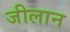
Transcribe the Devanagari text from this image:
जीलान